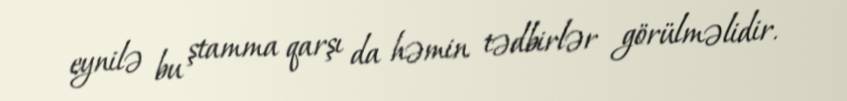
eynilə bu ştamma qarşı da həmin tədbirlər görülməlidir.